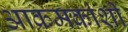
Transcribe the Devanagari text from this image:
आक्रमकांशी